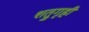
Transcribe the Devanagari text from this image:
शत्रुगृही